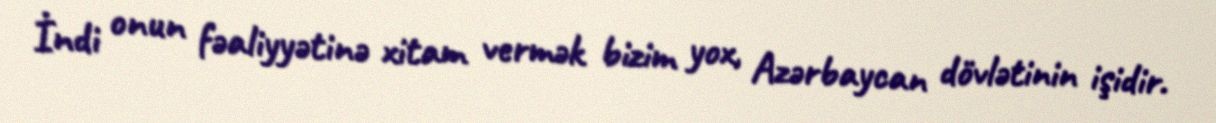
İndi onun fəaliyyətinə xitam vermək bizim yox, Azərbaycan dövlətinin işidir.